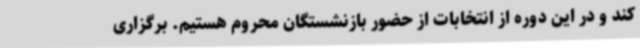
کند و در این دوره از انتخابات از حضور بازنشستگان محروم هستیم. برگزاری